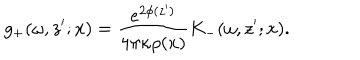
LaTeX: g _ { + } ( \omega , z ^ { \prime } ; x ) = \frac { e ^ { 2 \phi ( z ^ { \prime } ) } } { 4 \pi \kappa \rho ( x ) } K _ { - } ( \omega , z ^ { \prime } ; x ) .